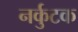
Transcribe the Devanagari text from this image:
नर्कुटक